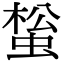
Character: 𧌻